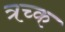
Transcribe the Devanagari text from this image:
त्रच्क